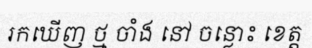
រកឃើញ ថ្ម ចាំង នៅ ចន្លោះ ខេត្ត